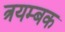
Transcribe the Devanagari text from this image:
त्रयम्बक